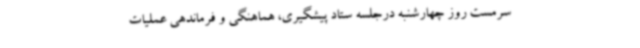
سرمست روز چهارشنبه درجلسه ستاد پیشگیری، هماهنگی و فرماندهی عملیات